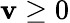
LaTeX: \mathbf{v}\geq0